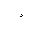
Letter: _dal